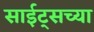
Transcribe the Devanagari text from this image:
साईट्सच्या